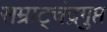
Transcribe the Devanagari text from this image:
सम्राट्चंद्रगुप्त